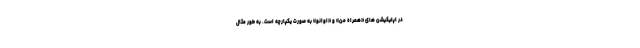
در اپلیکیشن های «همراه من» و «اوانو» به صورت یکپارچه است. به طور مثال